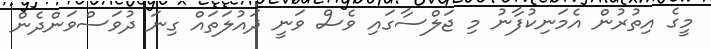
މީގެ އިތުރުން އެމަނިކުފާނު މި ޖަލްސާގައި ވެސް ވަނީ ދައުލަތައް ގިނަ ދުވަސްވަންދެން